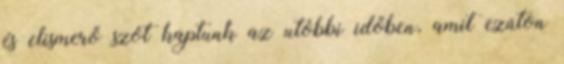
és elismerő szót kaptunk az utóbbi időben, amit ezúton